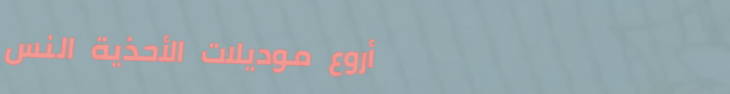
أروع موديلات الأحذية النس